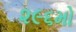
૨૯૬મો